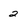
Character: 2